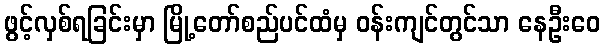
ဖွင့်လှစ်ရခြင်းမှာ မြို့တော်စည်ပင်ထံမှ ဝန်းကျင်တွင်သာ နေဦးဝေ